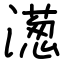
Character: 濍